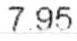
7.95